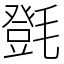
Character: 㲪